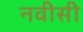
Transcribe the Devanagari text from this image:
नवीसी